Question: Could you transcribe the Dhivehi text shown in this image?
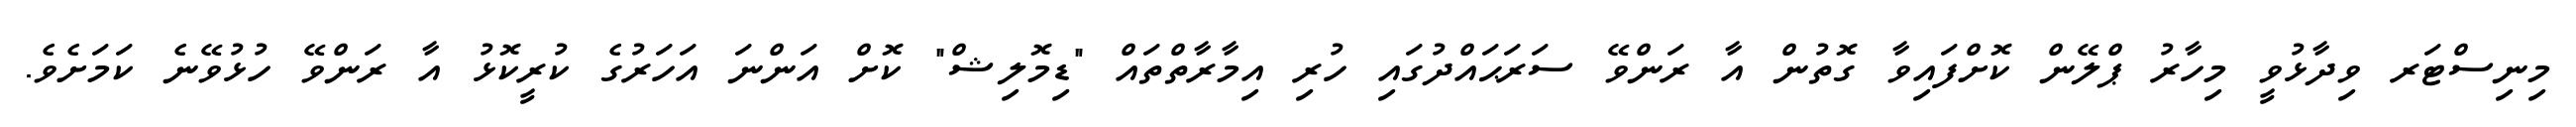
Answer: މިނިސްޓަރ ވިދާޅުވީ މިހާރު ޕްލޭން ކޮށްފައިވާ ގޮތުން އާ ރަންވޭ ސަރަޙައްދުގައި ހުރި އިމާރާތްތައް "ޑިމޮލިޝް" ކޮށް އަންނަ އަހަރުގެ ކުރީކޮޅު އާ ރަންވޭ ހުޅުވޭނެ ކަމަށެވެ.